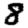
Digit: 8